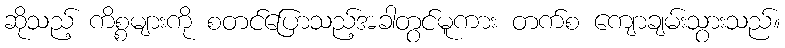
ဆိုသည့် ကိစ္စများကို စတင်ပြောသည့်အခါတွင်မူကား တက်စ ကျောချမ်းသွားသည်။